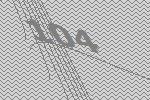
104